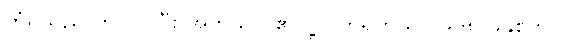
ကံရှိသည် တိုင်ပင်ပြီး အကုသိုလ်၏ ပို့လိုက်ရတယ် ၁၉၆၈)ခုနှစ်တွင်